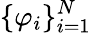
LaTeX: \{ \varphi_{i}\} _{i=1}^{N}